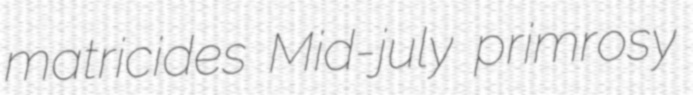
matricides Mid-july primrosy